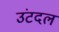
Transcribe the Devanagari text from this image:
उंटदल